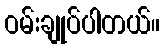
ဝမ်းချုပ်ပါတယ်။